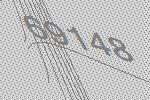
69148